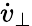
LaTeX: \dot{v}_{\perp}